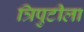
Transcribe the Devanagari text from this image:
त्रिपुटीला